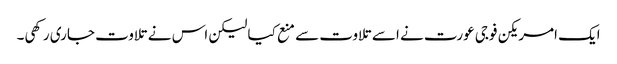
ایک امریکن فوجی عورت نے اسے تلاوت سے منع کیا لیکن اس نے تلاوت جاری رکھی۔